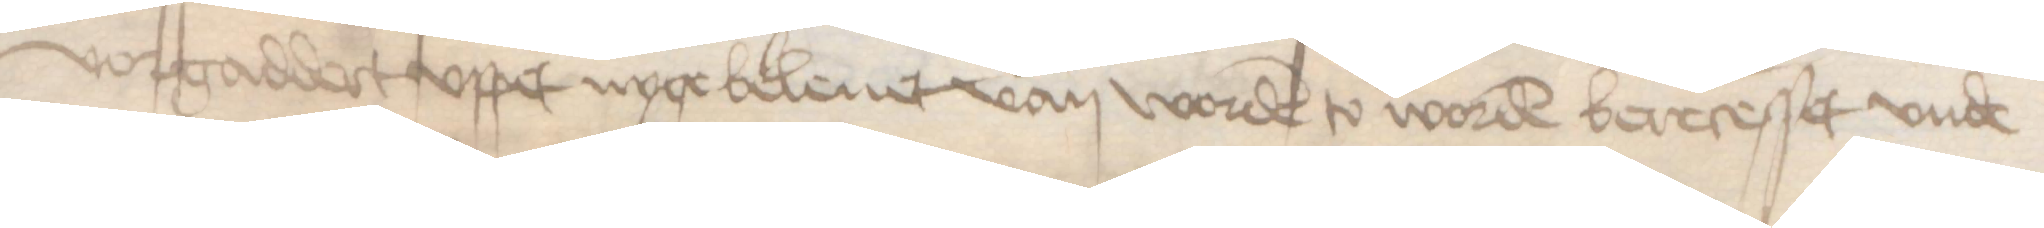
vorgaddert vppet nyge beleuet van worden to worden berecesset vnde